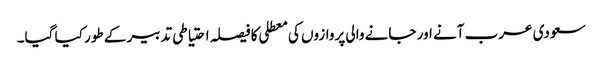
سعودی عرب آنے اور جانے والی پروازوں کی معطلی کا فیصلہ احتیاطی تدبیر کے طور کیا گیا۔